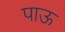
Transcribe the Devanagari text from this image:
पाऊ